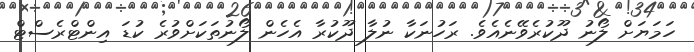
ހަމަޔަށް ލޯނު ދޫކުރެވޭނެއެވެ. ރަހުނަކާ ނުލާ ދޫކުރާ އެހެން ލޯނުތަކަށްވުރެ ކުޑަ އިންޓްރެސްޓް